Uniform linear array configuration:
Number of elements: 48
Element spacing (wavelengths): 0.25
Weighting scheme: hann
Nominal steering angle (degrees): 30
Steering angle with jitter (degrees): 30.618
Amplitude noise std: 0.05
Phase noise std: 0.05

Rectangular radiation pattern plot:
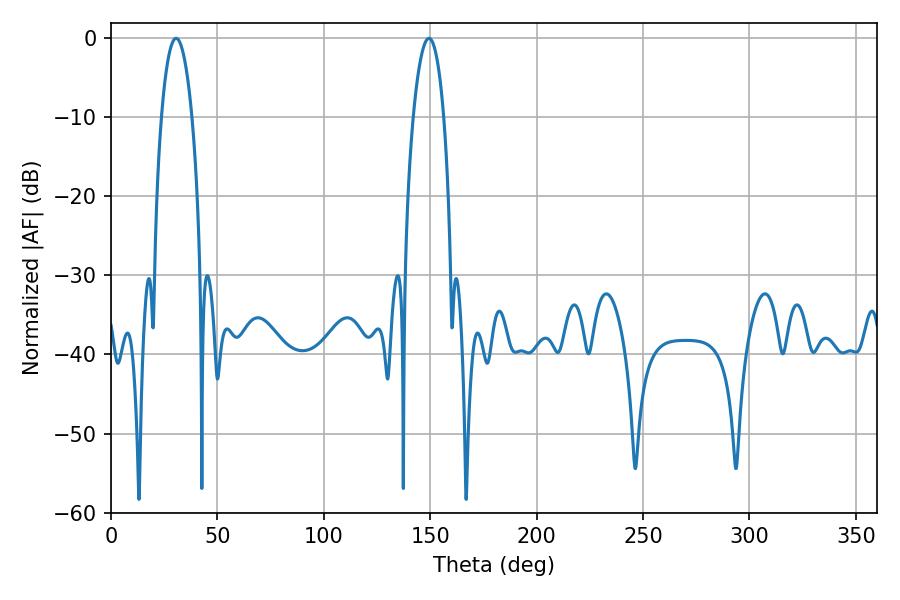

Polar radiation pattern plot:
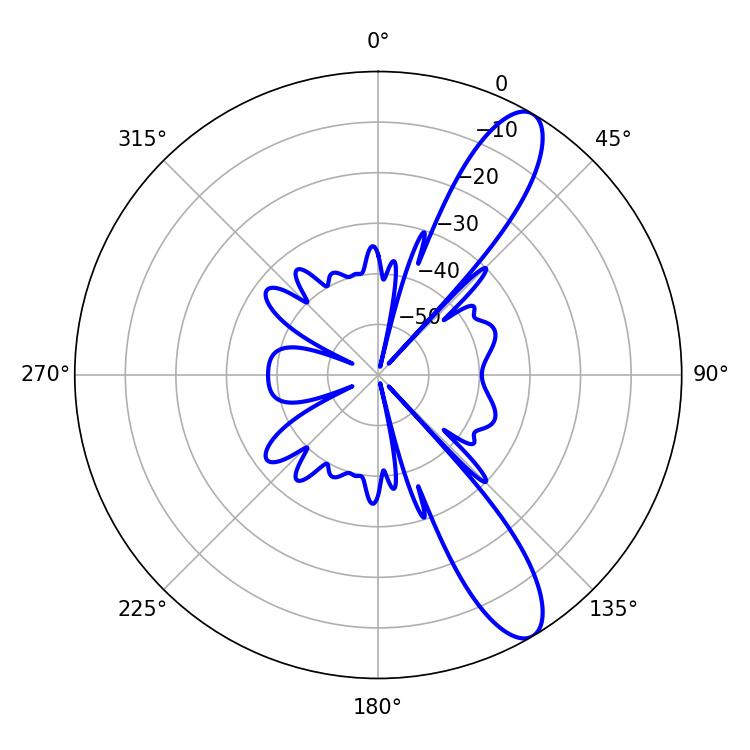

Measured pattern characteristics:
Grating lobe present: FALSE
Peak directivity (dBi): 11.188
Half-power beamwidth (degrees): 8.1
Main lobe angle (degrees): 30.6